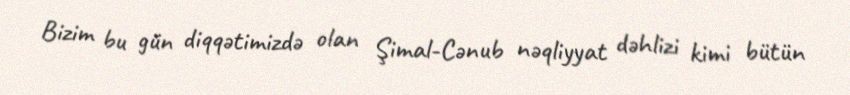
Bizim bu gün diqqətimizdə olan Şimal-Cənub nəqliyyat dəhlizi kimi bütün